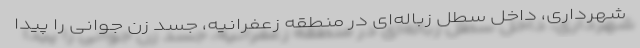
شهرداری، داخل سطل زباله‌ای در منطقه زعفرانیه، جسد زن جوانی را پیدا